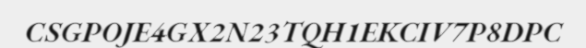
CSGPOJE4GX2N23TQH1EKCIV7P8DPC